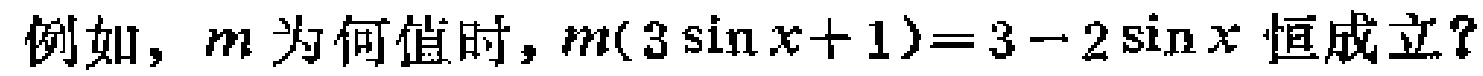
例如，$m$为何值时，$m(3\sin x + 1)=3 - 2\sin x$ 恒成立？